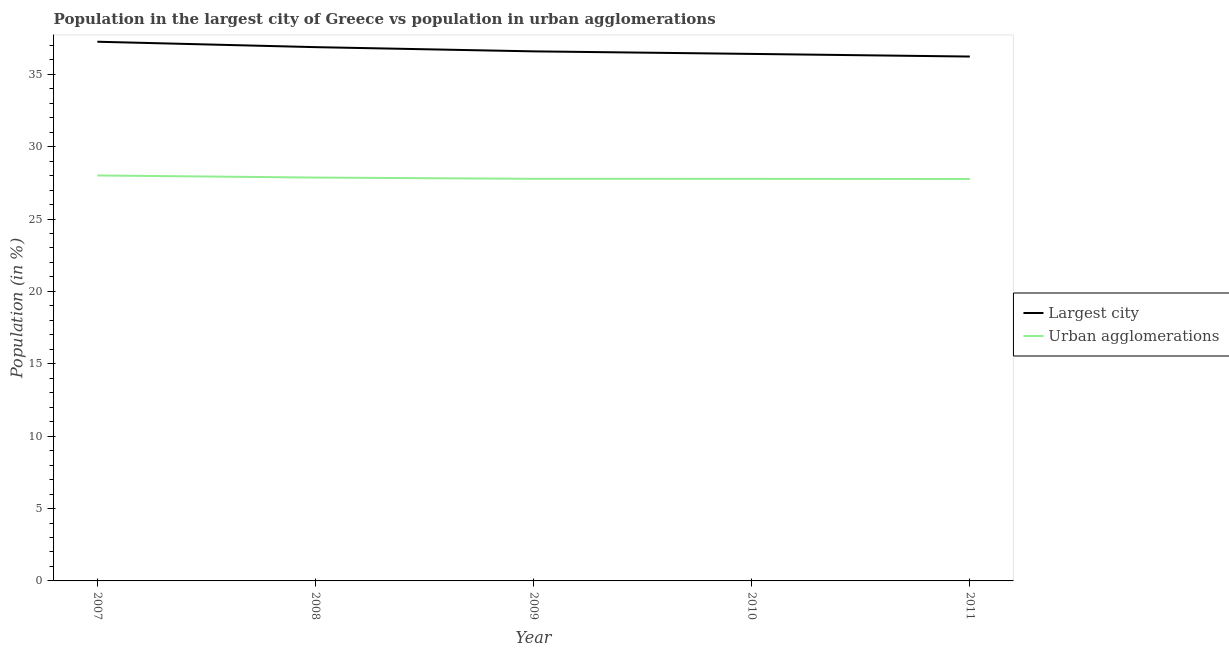
| Year | Largest city | Urban agglomerations |
 | --- | --- | --- |
 | 2007 | 37.2 | 28 |
 | 2008 | 36.9 | 27.9 |
 | 2009 | 36.6 | 27.8 |
 | 2010 | 36.4 | 27.8 |
 | 2011 | 36.2 | 27.8 |